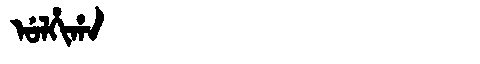
Manchu: ᡠᠯᡥᡳᡥᠠ
Romanization: ULHIHA